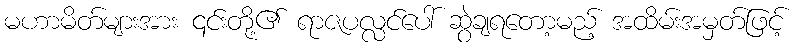
မဟာမိတ်များအား ၎င်းတို့၏ ရာဇပလ္လင်ပေါ် ဆွဲချရတော့မည့် အထိမ်းအမှတ်ဖြင့်